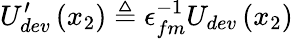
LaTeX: U_{dev}^{\prime}\left(x_{2}\right)\triangleq\epsilon_{fm}^{-1}U_{dev}\left(x_{2}\right)